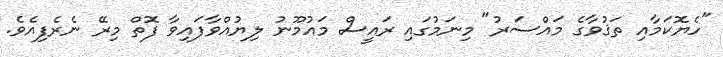
"ހެޔޮކަމާއި ތަޤުވާގެ މައްސަރު" މިނަމުގައި ރައީސް މައުމޫނު ލިޔުއްވާފައިވާ ފޮތް މިރޭ ނެރެފިއެވެ.